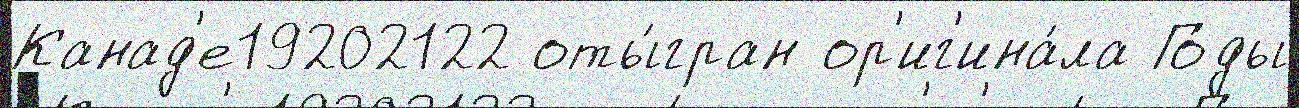
Канад'е19202122 оты́гран ор'иг'ина́ла Го́ды